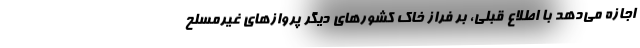
اجازه می‌دهد با اطلاع قبلی، بر فراز خاک کشورهای دیگر پروازهای غیرمسلح